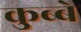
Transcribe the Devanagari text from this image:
कुब्बे